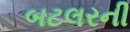
બટલરની